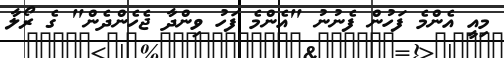
މިއީ އެންމެ ފަހުން ފެނުނު "އެންމެ ފަހު ވިންދާ ޖެހެންދެން" ގެ ރޯލާ